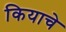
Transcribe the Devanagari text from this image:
कियाचे